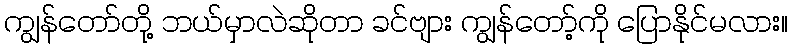
ကျွန်တော်တို့ ဘယ်မှာလဲဆိုတာ ခင်ဗျား ကျွန်တော့်ကို ပြောနိုင်မလား။